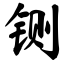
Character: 铡